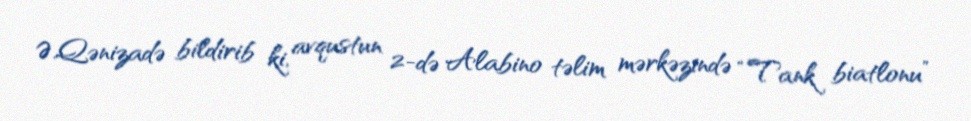
Ə.Qənizadə bildirib ki, avqustun 2-də Alabino təlim mərkəzində “Tank biatlonu”